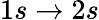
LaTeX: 1s\to 2s